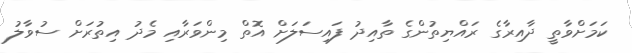
ކަމަށްވާތީ ދާއިރާގެ ރައްޔިތުންގެ ތާއިދު ފައިސަލަށް އޮތް މިންވަރާއި މެދު އިތުރަށް ސުވާލު